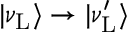
| \nu _ { \mathrm { L } } \rangle \to | \nu _ { \mathrm { L } } ^ { \prime } \rangle